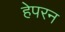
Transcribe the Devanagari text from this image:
हेपरन